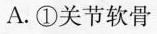
A. ①关节软骨